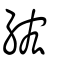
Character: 綋